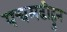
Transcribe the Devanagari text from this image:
पचमढीहुन